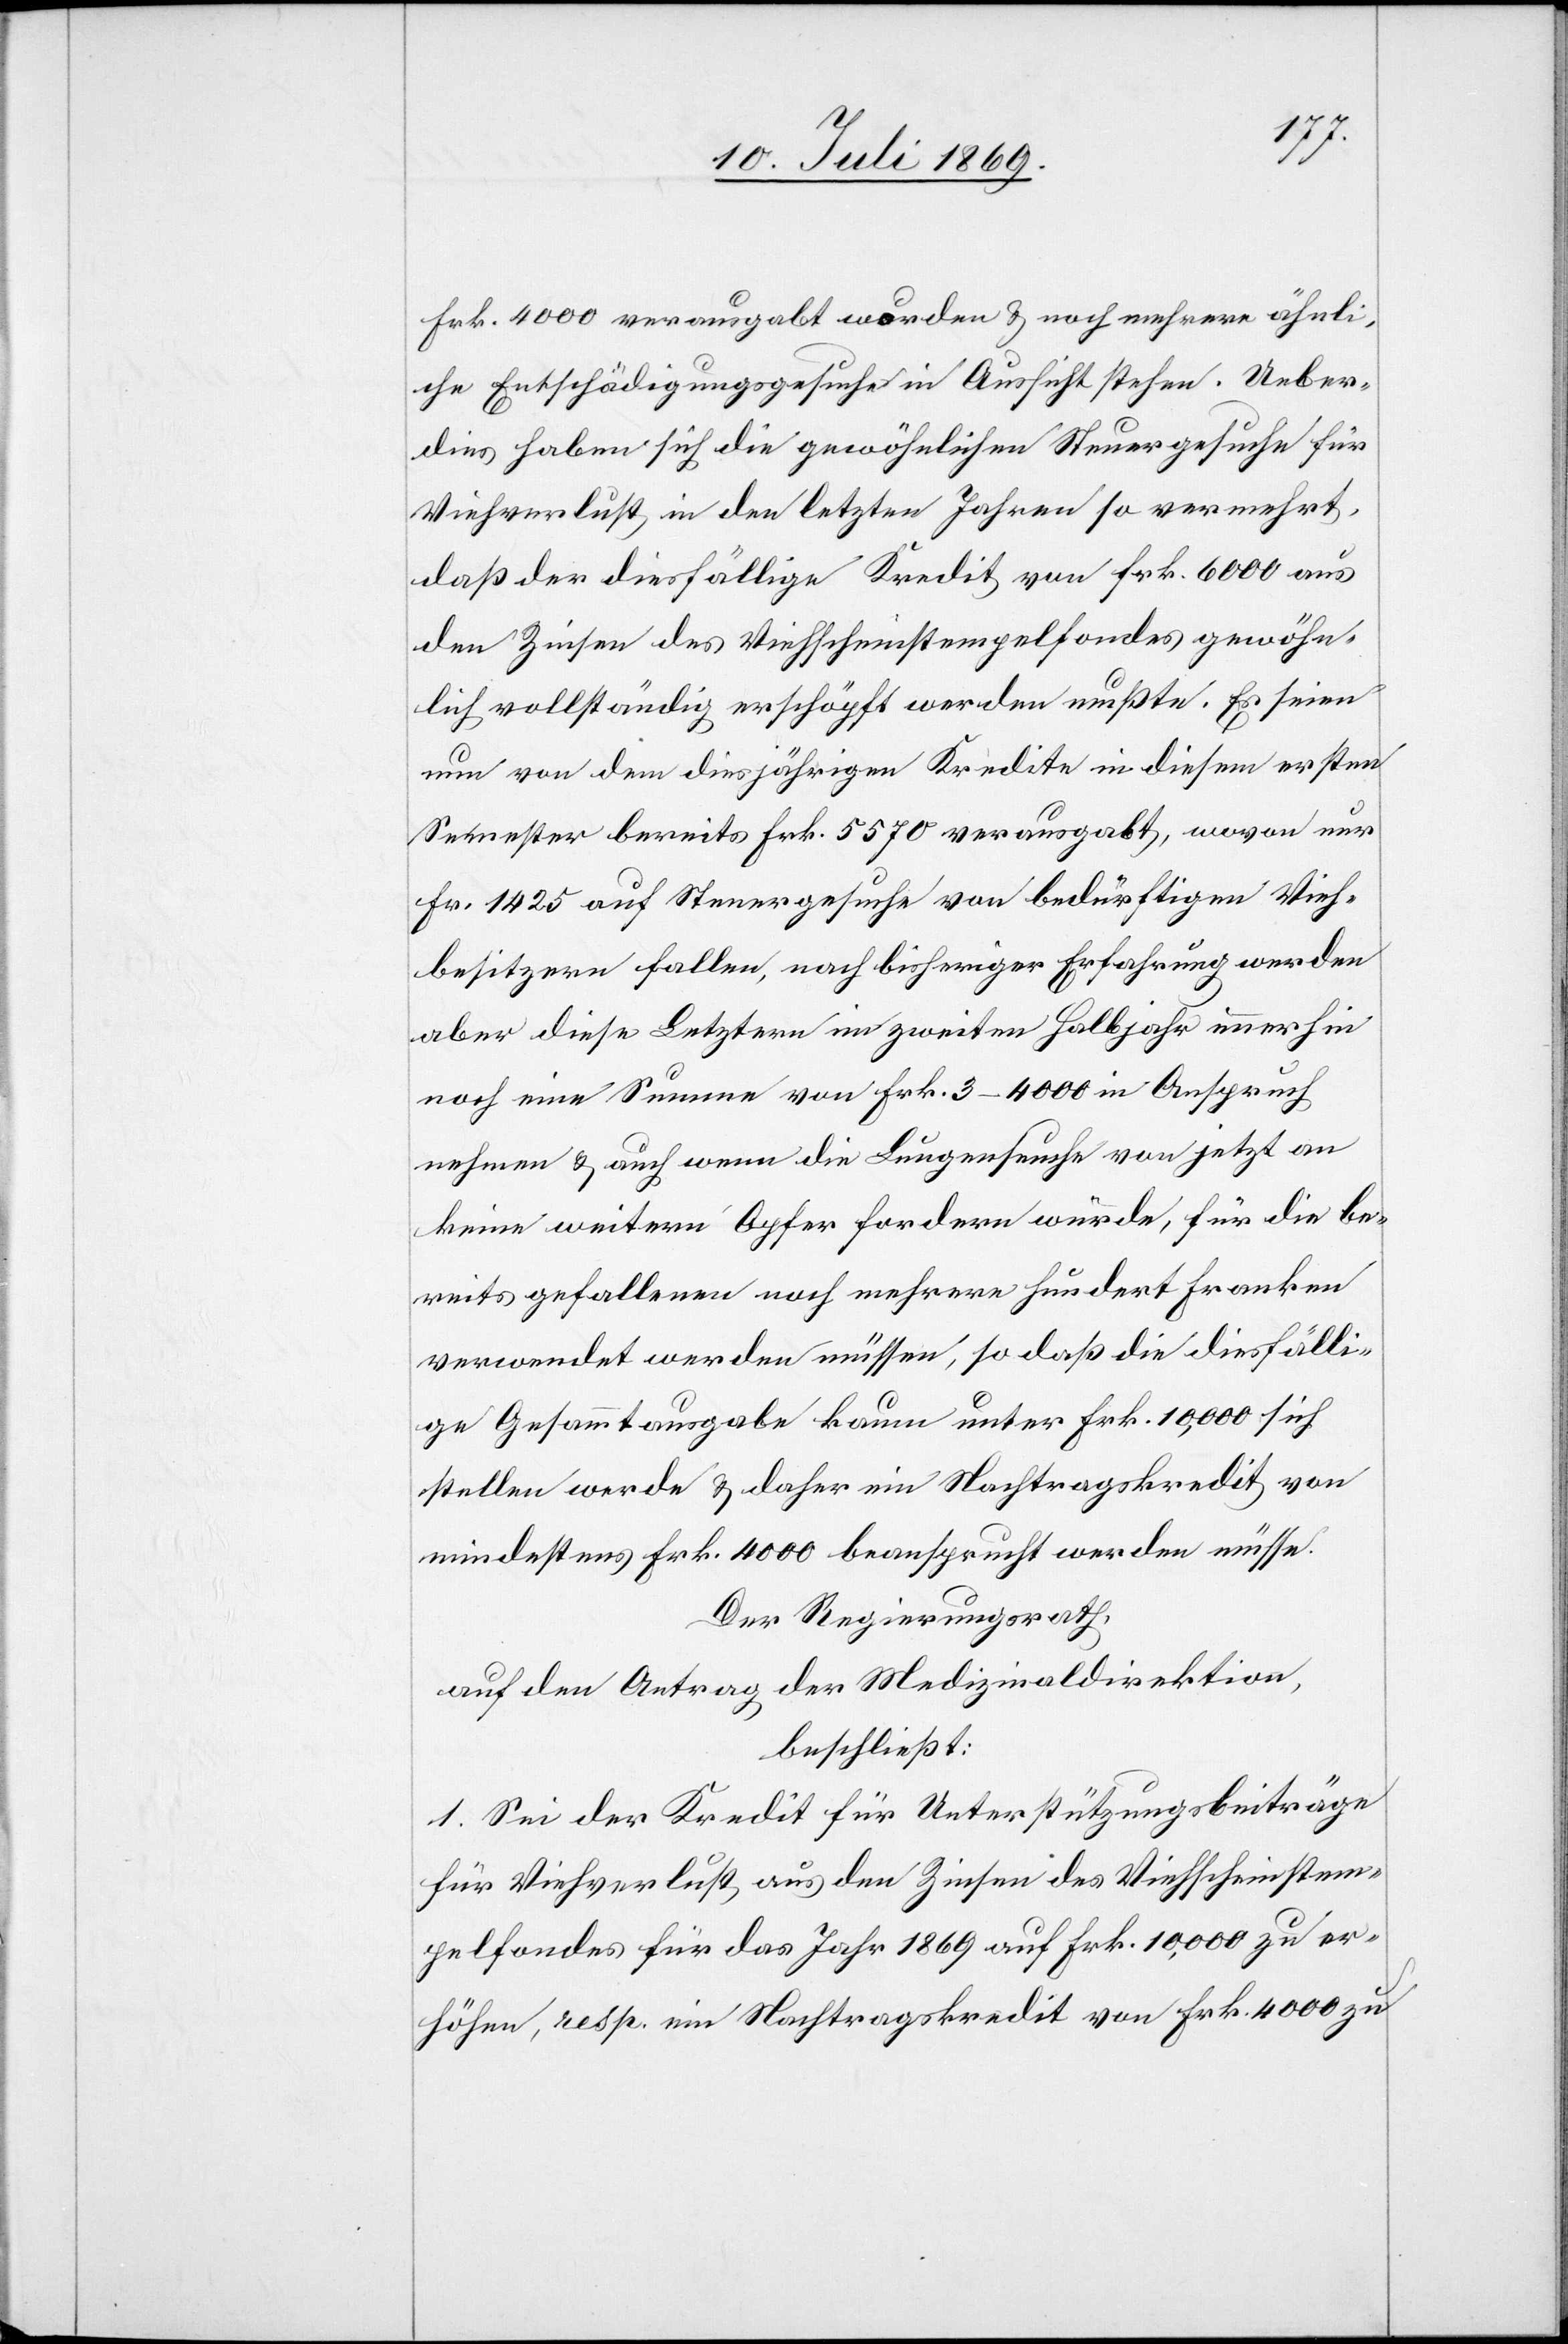
Frk. 400 verausgabt wurden u. noch mehrere ähnli¬
che Entschädigungsgesuche in Aussicht stehen. Ueber¬
dies haben sich die gewöhnlichen Steuergesuche für
Viehverlust in den letzten Jahren so vermehrt,
daß der diesfällige Kredit von Frk. 6000 aus
den Zinsen des Viehscheinstempelfondes gewöhn¬
lich vollständig erschöpft werden mußte. Es seien
nun von dem diesjährigen Kredite in diesem ersten
Semester bereits Frk. 5570 verausgabt, wovon nur
Fr. 1425 auf Steuergesuche von bedürftigen Vieh¬
besitzern fallen, nach bisheriger Erfahrung werden
aber diese Letztern im zweiten Halbjahr immerhin
noch eine Summe von Frk. 3–4000 in Anspruch
nehmen u. auch wenn die Lungenseuche von jetzt an
keine weitern Opfer fordern würde, für die be¬
reits gefallenen noch mehrere hundert Franken
verwendet werden müssen, so daß die diesfälli¬
ge Gesammtausgabe kaum unter Frk. 10,000 sich
stellen werde u. daher ein Nachtragskredit von
mindestens Frk. 4000 beansprucht werden müsse.
Der Regierungsrath,
auf den Antrag der Medizinaldirektion,
beschließt:
1. Sei der Kredit für Unterstützungsbeiträge
für Viehverlust aus den Zinsen des Viehscheinstem¬
pelfondes für das Jahr 1869 auf Frk. 10,000 zu er¬
höhen, resp. ein Nachtragskredit von Frk. 4000 zu